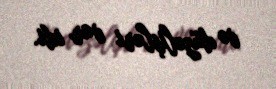
və düzəlişləri var idi.